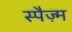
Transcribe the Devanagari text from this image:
स्पैज़्म